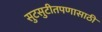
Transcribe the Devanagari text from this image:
सुटसुटीतपणासाठी